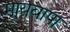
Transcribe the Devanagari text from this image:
मायबापा